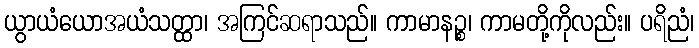
ယွာယံယောအယံသတ္ထာ၊ အကြင်ဆရာသည်။ ကာမာနဉ္စ၊ ကာမတို့ကိုလည်း။ ပရိညံ၊